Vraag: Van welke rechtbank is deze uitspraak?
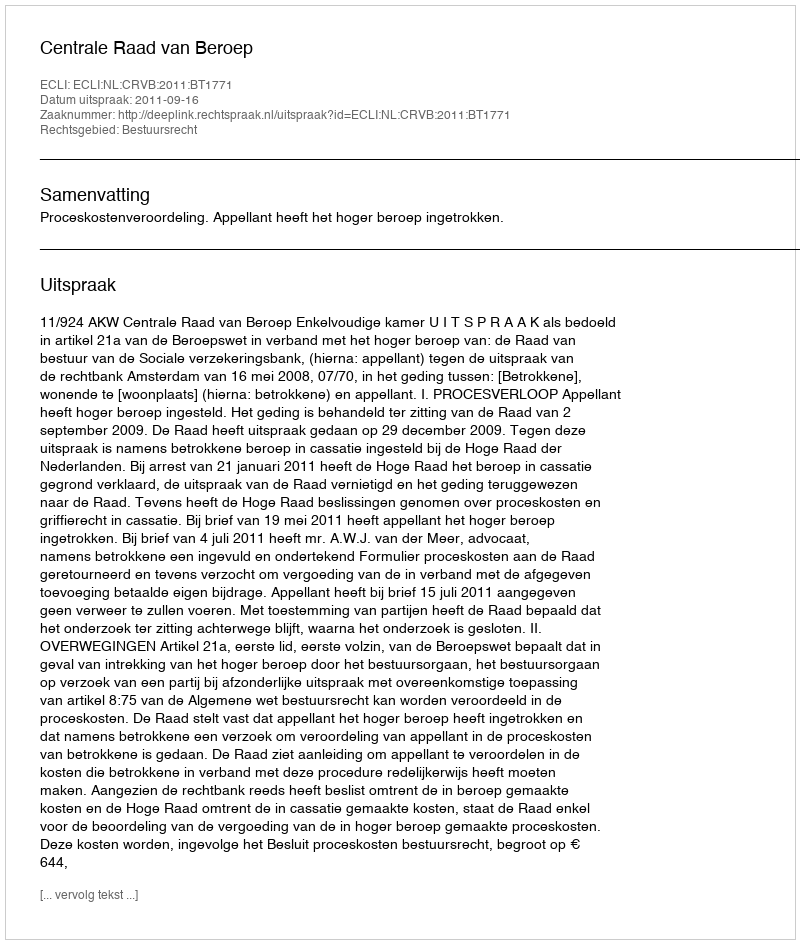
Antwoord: Centrale Raad van Beroep